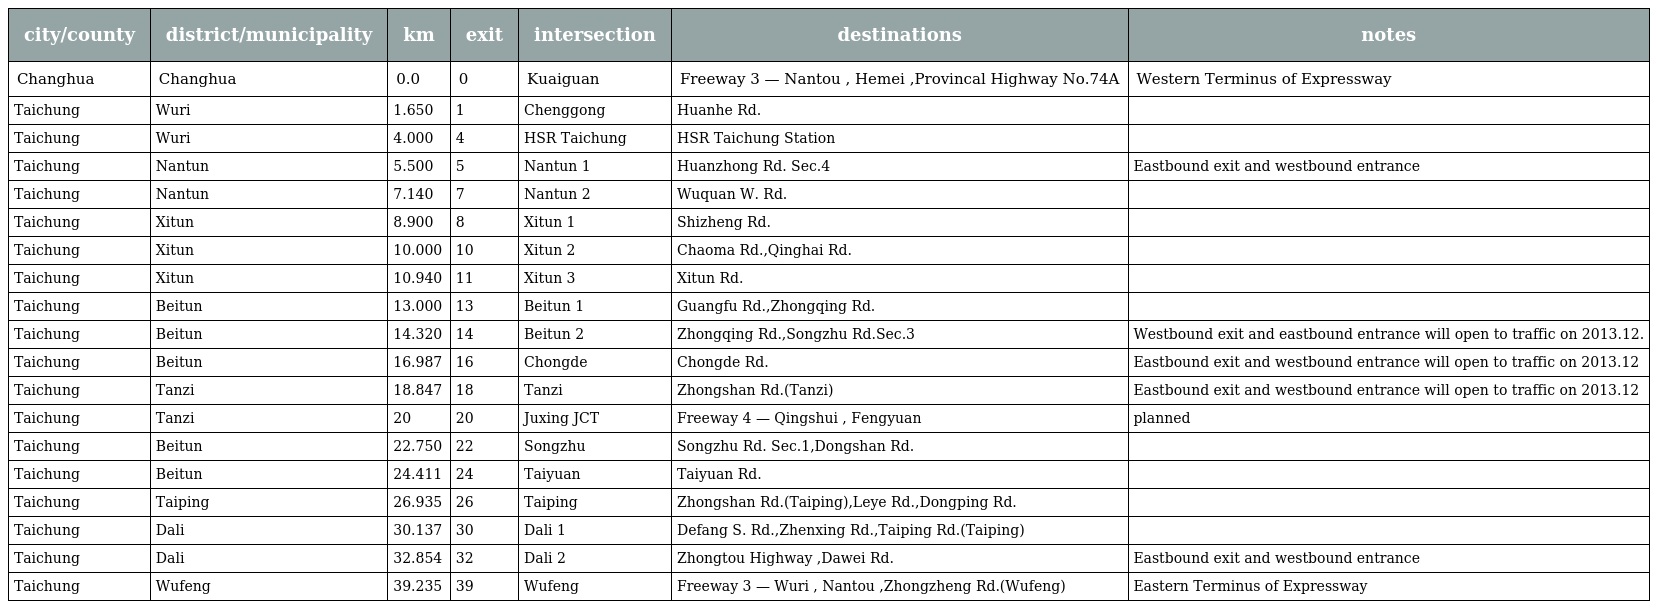
| city/county | district/municipality | km | exit | intersection | destinations | notes |
 | --- | --- | --- | --- | --- | --- | --- |
 | Changhua | Changhua | 0.0 | 0 | Kuaiguan | Freeway 3 — Nantou , Hemei ,Provincal Highway No.74A | Western Terminus of Expressway |
 | Taichung | Wuri | 1.650 | 1 | Chenggong | Huanhe Rd. |  |
 | Taichung | Wuri | 4.000 | 4 | HSR Taichung | HSR Taichung Station |  |
 | Taichung | Nantun | 5.500 | 5 | Nantun 1 | Huanzhong Rd. Sec.4 | Eastbound exit and westbound entrance |
 | Taichung | Nantun | 7.140 | 7 | Nantun 2 | Wuquan W. Rd. |  |
 | Taichung | Xitun | 8.900 | 8 | Xitun 1 | Shizheng Rd. |  |
 | Taichung | Xitun | 10.000 | 10 | Xitun 2 | Chaoma Rd.,Qinghai Rd. |  |
 | Taichung | Xitun | 10.940 | 11 | Xitun 3 | Xitun Rd. |  |
 | Taichung | Beitun | 13.000 | 13 | Beitun 1 | Guangfu Rd.,Zhongqing Rd. |  |
 | Taichung | Beitun | 14.320 | 14 | Beitun 2 | Zhongqing Rd.,Songzhu Rd.Sec.3 | Westbound exit and eastbound entrance will open to traffic on 2013.12. |
 | Taichung | Beitun | 16.987 | 16 | Chongde | Chongde Rd. | Eastbound exit and westbound entrance will open to traffic on 2013.12 |
 | Taichung | Tanzi | 18.847 | 18 | Tanzi | Zhongshan Rd.(Tanzi) | Eastbound exit and westbound entrance will open to traffic on 2013.12 |
 | Taichung | Tanzi | 20 | 20 | Juxing JCT | Freeway 4 — Qingshui , Fengyuan | planned |
 | Taichung | Beitun | 22.750 | 22 | Songzhu | Songzhu Rd. Sec.1,Dongshan Rd. |  |
 | Taichung | Beitun | 24.411 | 24 | Taiyuan | Taiyuan Rd. |  |
 | Taichung | Taiping | 26.935 | 26 | Taiping | Zhongshan Rd.(Taiping),Leye Rd.,Dongping Rd. |  |
 | Taichung | Dali | 30.137 | 30 | Dali 1 | Defang S. Rd.,Zhenxing Rd.,Taiping Rd.(Taiping) |  |
 | Taichung | Dali | 32.854 | 32 | Dali 2 | Zhongtou Highway ,Dawei Rd. | Eastbound exit and westbound entrance |
 | Taichung | Wufeng | 39.235 | 39 | Wufeng | Freeway 3 — Wuri , Nantou ,Zhongzheng Rd.(Wufeng) | Eastern Terminus of Expressway |